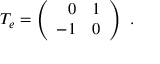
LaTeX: T _ { e } = \left( \begin{array} { r r } { { 0 } } & { { 1 } } \\ { { - 1 } } & { { 0 } } \end{array} \right) \ .